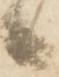
候